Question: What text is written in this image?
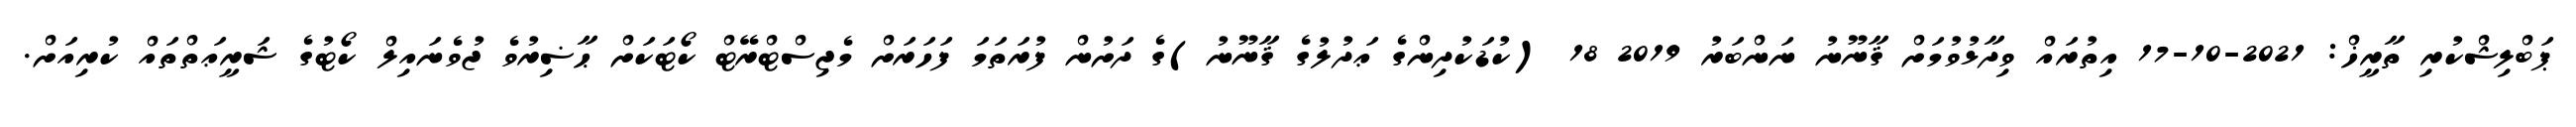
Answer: ޕަބްލިޝްކުރި ތާރީޚް: 2021-10-17 އިތުރައް ވިދާޅުވުމަށް ޤާނޫނު ނަންބަރު 2019 18 (ކުޑަކުދިންގެ ޢަދުލުގެ ޤާނޫނު)ގެ ދަށުން ފުރަތަމަ ފަހަރަށް މެޖިސްޓްރޭޓް ކޯޓަކަށް ޙާޟިރުވެ ޖުވެނައިލް ކޯޓުގެ ޝަރީޢަތްތައް ކުރިއަށް.